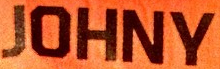
JOHNY